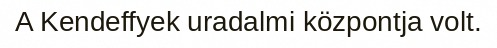
A Kendeffyek uradalmi központja volt.